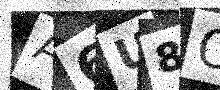
Text: A6U8OS